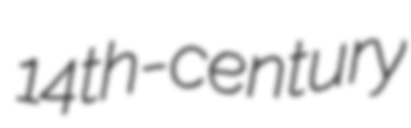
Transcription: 14th-century